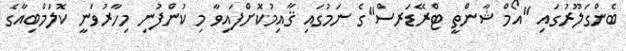
ބެންގަލޫރުގައި "އޯމް ޝާންތީ ޓްރޭޑަރސް"ގެ ނަމުގައި ޤާއިމުކޮށްފައިވާ މި ކުންފުނި މިހާރުވަނީ ކޮލަމްބިއާގެ